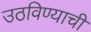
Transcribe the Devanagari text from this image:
उठविण्याची